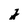
Character: j